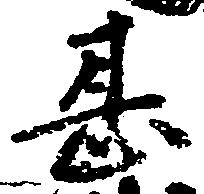
甚